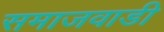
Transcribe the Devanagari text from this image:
समाजवाडी